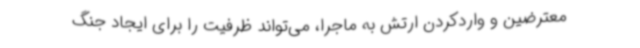
معترضین و واردکردن ارتش به ماجرا، می‌تواند ظرفیت را برای ایجاد جنگ